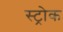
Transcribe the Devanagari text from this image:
स्‍ट्रोक